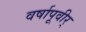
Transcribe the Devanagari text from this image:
वर्षापूवीर्